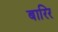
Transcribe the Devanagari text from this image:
बारिर